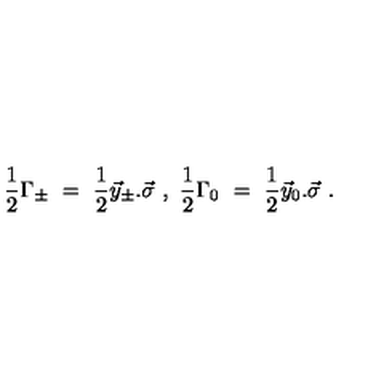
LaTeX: \frac { 1 } { 2 } \Gamma _ { \pm } \ = \ \frac { 1 } { 2 } \vec { y } _ { \pm } . \vec { \sigma } \ , \ \frac { 1 } { 2 } \Gamma _ { 0 } \ = \ \frac { 1 } { 2 } \vec { y } _ { 0 } . \vec { \sigma } \ .